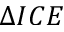
\Delta I C E